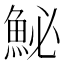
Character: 鮅